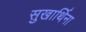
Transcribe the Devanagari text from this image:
सुखार्थिना